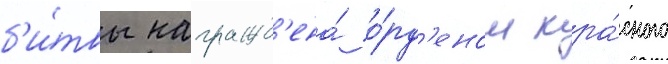
б'и́твы награжд'ена́ о́рд'еном кра́сного